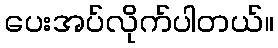
ပေးအပ်လိုက်ပါတယ်။